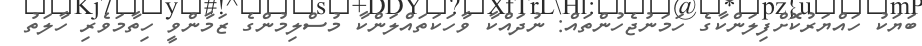
ބަޔަކު ހައްޔަރުކޮށްފިލަންކާގެ ހަމަނުޖެހުންތައް: ނުދައްކާ ވާހަކަތައްލަންކާ މުސްލިމުންގެ ޒަމާންވީ ހިތާމަވެރި ހާލަތު